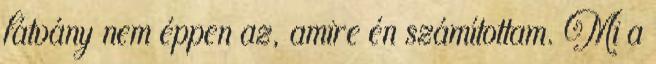
látvány nem éppen az, amire én számítottam. Mi a